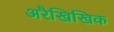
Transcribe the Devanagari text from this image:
अरैखिखिक